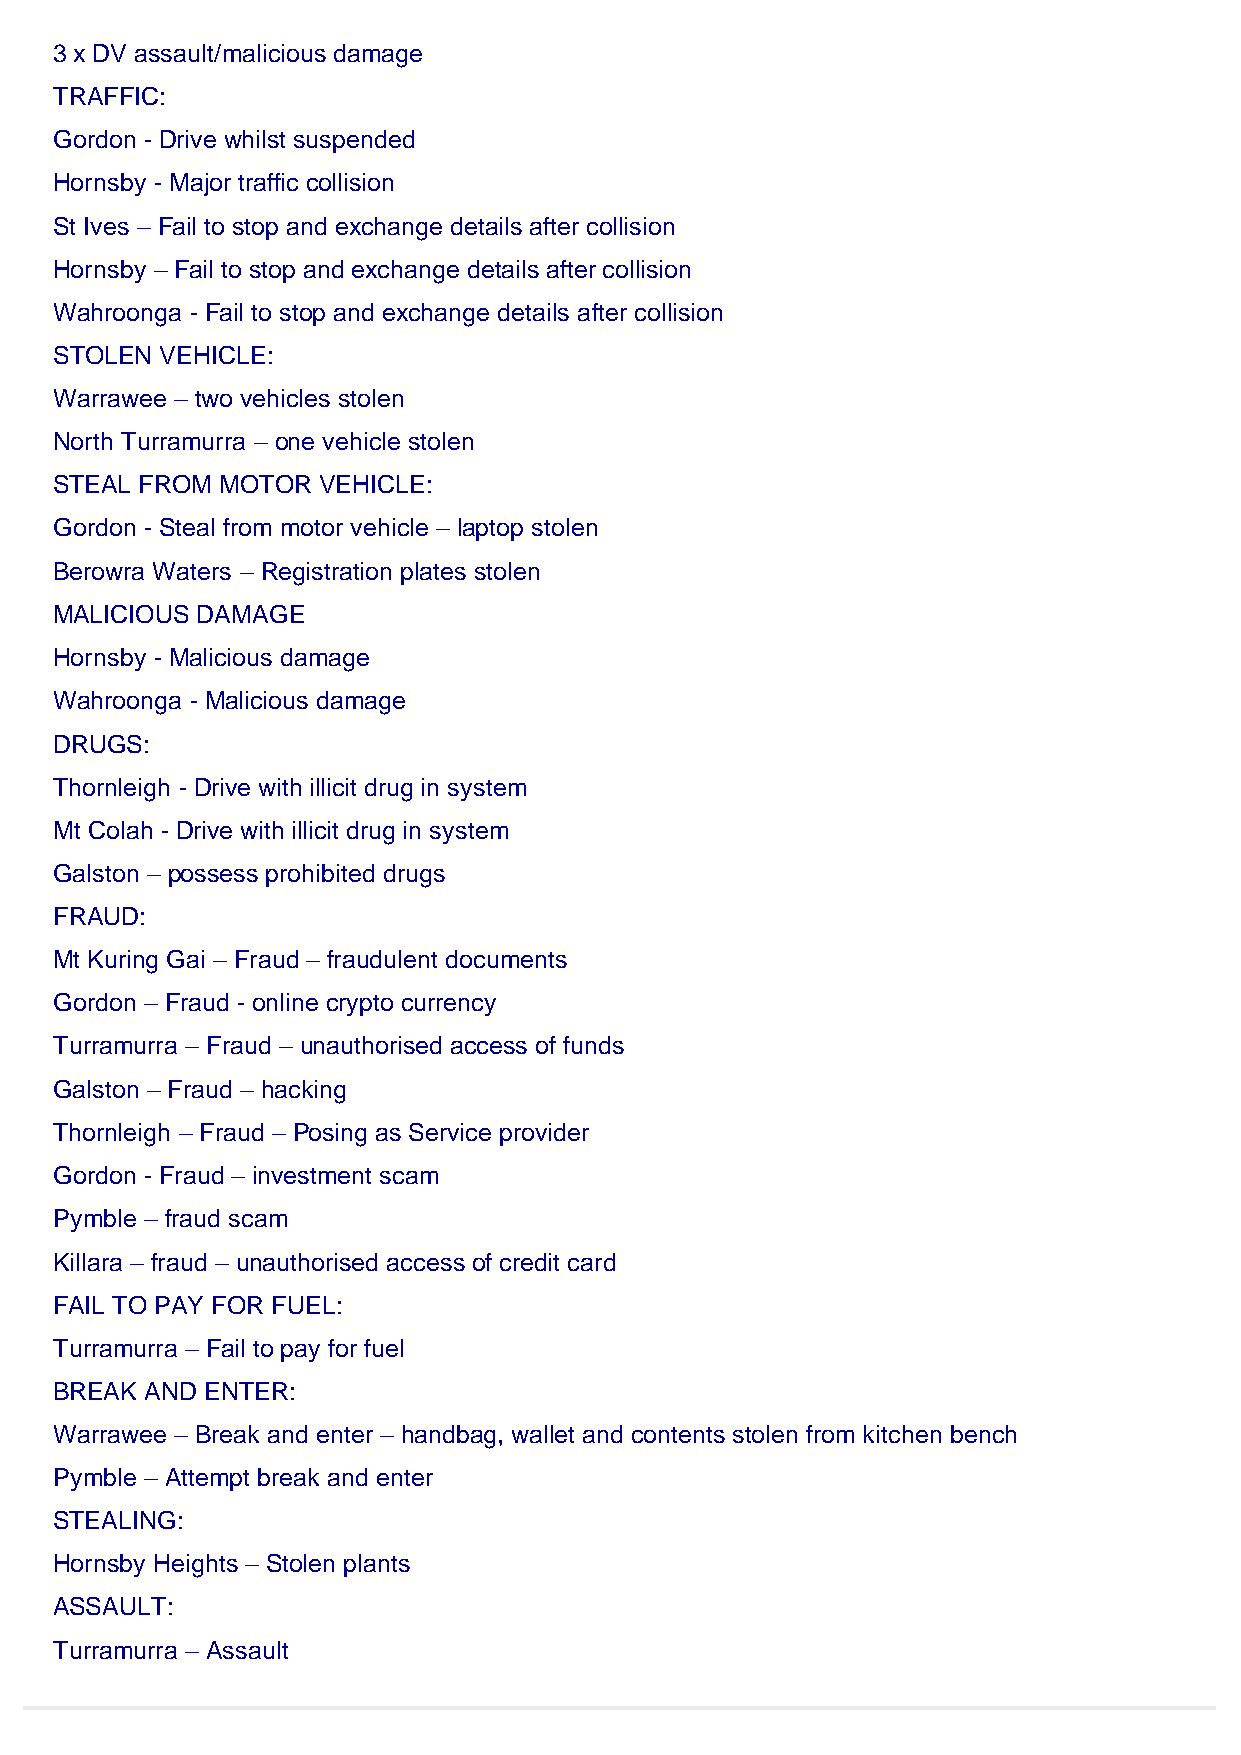
3 x DV assault/malicious damage
 TRAFFIC:
 Gordon - Drive whilst suspended
 Hornsby - Major traffic collision
 St Ives – Fail to stop and exchange details after collision
 Hornsby – Fail to stop and exchange details after collision
 Wahroonga - Fail to stop and exchange details after collision
 STOLEN VEHICLE:
 Warrawee – two vehicles stolen
 North Turramurra – one vehicle stolen
 STEAL FROM MOTOR VEHICLE:
 Gordon - Steal from motor vehicle – laptop stolen
 Berowra Waters – Registration plates stolen
 MALICIOUS DAMAGE
 Hornsby - Malicious damage
 Wahroonga - Malicious damage
 DRUGS:
 Thornleigh - Drive with illicit drug in system
 Mt Colah - Drive with illicit drug in system
 Galston – possess prohibited drugs
 FRAUD:
 Mt Kuring Gai – Fraud – fraudulent documents
 Gordon – Fraud - online crypto currency
 Turramurra – Fraud – unauthorised access of funds
 Galston – Fraud – hacking
 Thornleigh – Fraud – Posing as Service provider
 Gordon - Fraud – investment scam
 Pymble – fraud scam
 Killara – fraud – unauthorised access of credit card
 FAIL TO PAY FOR FUEL:
 Turramurra – Fail to pay for fuel
 BREAK AND ENTER:
 Warrawee – Break and enter – handbag, wallet and contents stolen from kitchen bench
 Pymble – Attempt break and enter
 STEALING:
 Hornsby Heights – Stolen plants
 ASSAULT:
 Turramurra – Assault